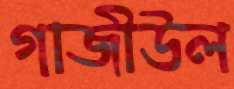
গাজীউল